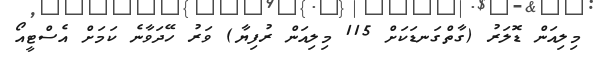
މިލިއަން ޑޮލަރު (ގާތްގަނޑަކަށް 115 މިލިއަން ރުފިޔާ) ވަރު ހޭދަވާނެ ކަމަށް އެސްޓީއޯ